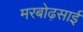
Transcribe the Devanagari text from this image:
मरबोढ़साई